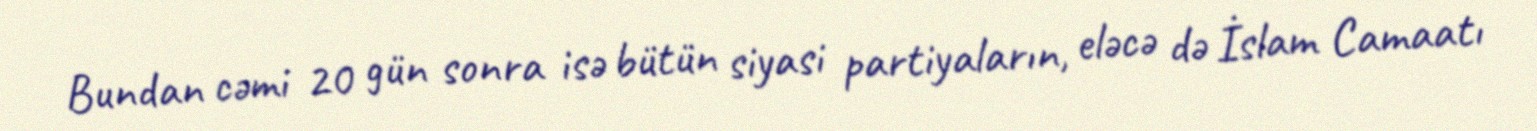
Bundan cəmi 20 gün sonra isə bütün siyasi partiyaların, eləcə də İslam Camaatı